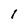
Character: 1